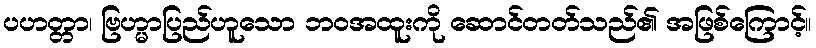
ပဟတ္တာ၊ ဗြဟ္မာပြည်ဟူသော ဘဝအထူးကို ဆောင်တတ်သည်၏ အဖြစ်ကြောင့်။